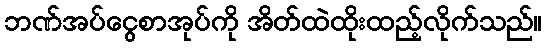
ဘဏ်အပ်ငွေစာအုပ်ကို အိတ်ထဲထိုးထည့်လိုက်သည်။